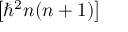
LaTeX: \left[ \hbar ^ { 2 } n ( n + 1 ) \right]